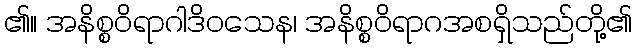
၏။ အနိစ္စဝိရာဂါဒိဝသေန၊ အနိစ္စဝိရာဂအစရှိသည်တို့၏